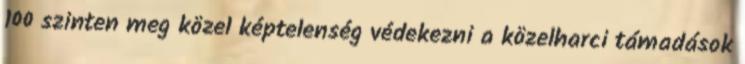
100 szinten meg közel képtelenség védekezni a közelharci támadások